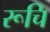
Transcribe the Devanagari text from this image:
रूचि